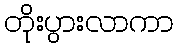
တိုးပွားလာကာ